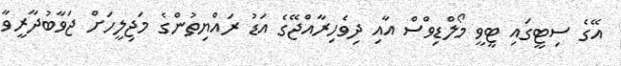
އޭގެ ސިޓީގައި ޓީވީ މޯލްޑިވްސް އާއި ދިވެހިރާއްޖޭގެ އަޑު ރައްޔިތުންގެ މަޖިލީހަށް ޖަވާބުދާރީވާ